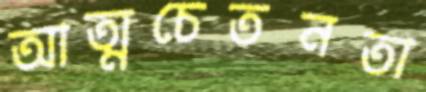
আত্মচেতনতা